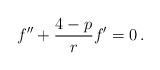
LaTeX: \begin{align*}f'' + \frac{4-p}{r}f' = 0 \,.\end{align*}